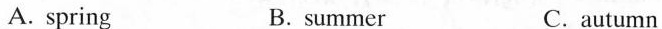
A. spring B.summer C.autumn